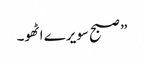
” صبح سویرے اٹھو۔